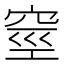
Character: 𥥻